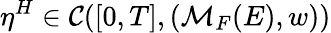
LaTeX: \eta^{H}\in\mathcal{C}([0,T],(\mathcal{M}_{F}(E),w))